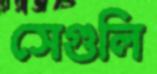
সেগুলি